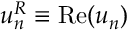
u _ { n } ^ { R } \equiv \operatorname { R e } ( u _ { n } )